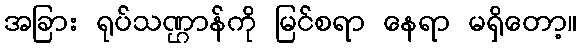
အခြား ရုပ်သဏ္ဌာန်ကို မြင်စရာ နေရာ မရှိတော့။